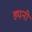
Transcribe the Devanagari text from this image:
ह्यनी